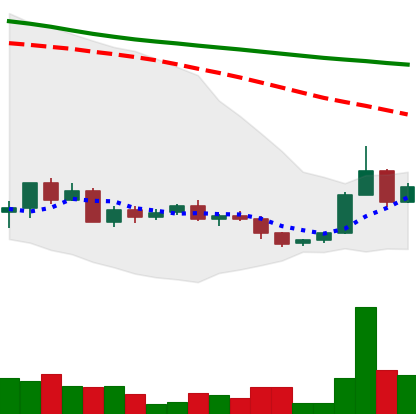
Ticker: ADA-USD
Chart end date: 2022-06-02
Forward return: 4.704%
Label: up_3_5